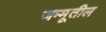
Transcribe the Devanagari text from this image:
जम्मूतील